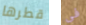
قطرها فى